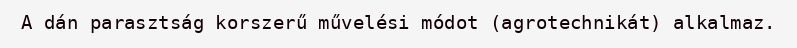
A dán parasztság korszerű művelési módot (agrotechnikát) alkalmaz.